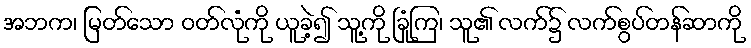
အဘက၊ မြတ်သော ဝတ်လုံကို ယူခဲ့၍ သူ့ကို ခြုံကြ၊ သူ၏ လက်၌ လက်စွပ်တန်ဆာကို